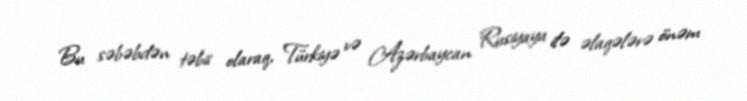
Bu səbəbdən təbii olaraq, Türkiyə və Azərbaycan Rusiyaya ilə əlaqələrə önəm